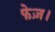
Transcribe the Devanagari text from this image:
फेज़।